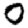
Digit: 0